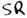
Text: SR